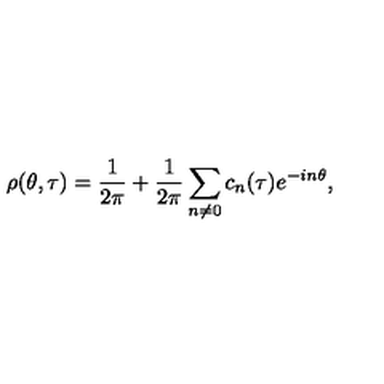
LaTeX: \rho ( \theta , \tau ) = \frac { 1 } { 2 \pi } + \frac { 1 } { 2 \pi } \sum _ { n \neq 0 } c _ { n } ( \tau ) e ^ { - i n \theta } ,